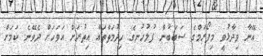
އޭނާ ވިދާޅުވީ މިފޯރަމްގެ ސަބަބުން ފުލުހުނގެ ހިދުމަތްތައް އިތުރަށް އަވަހަށް ދެވޭނެ ކަމަށް